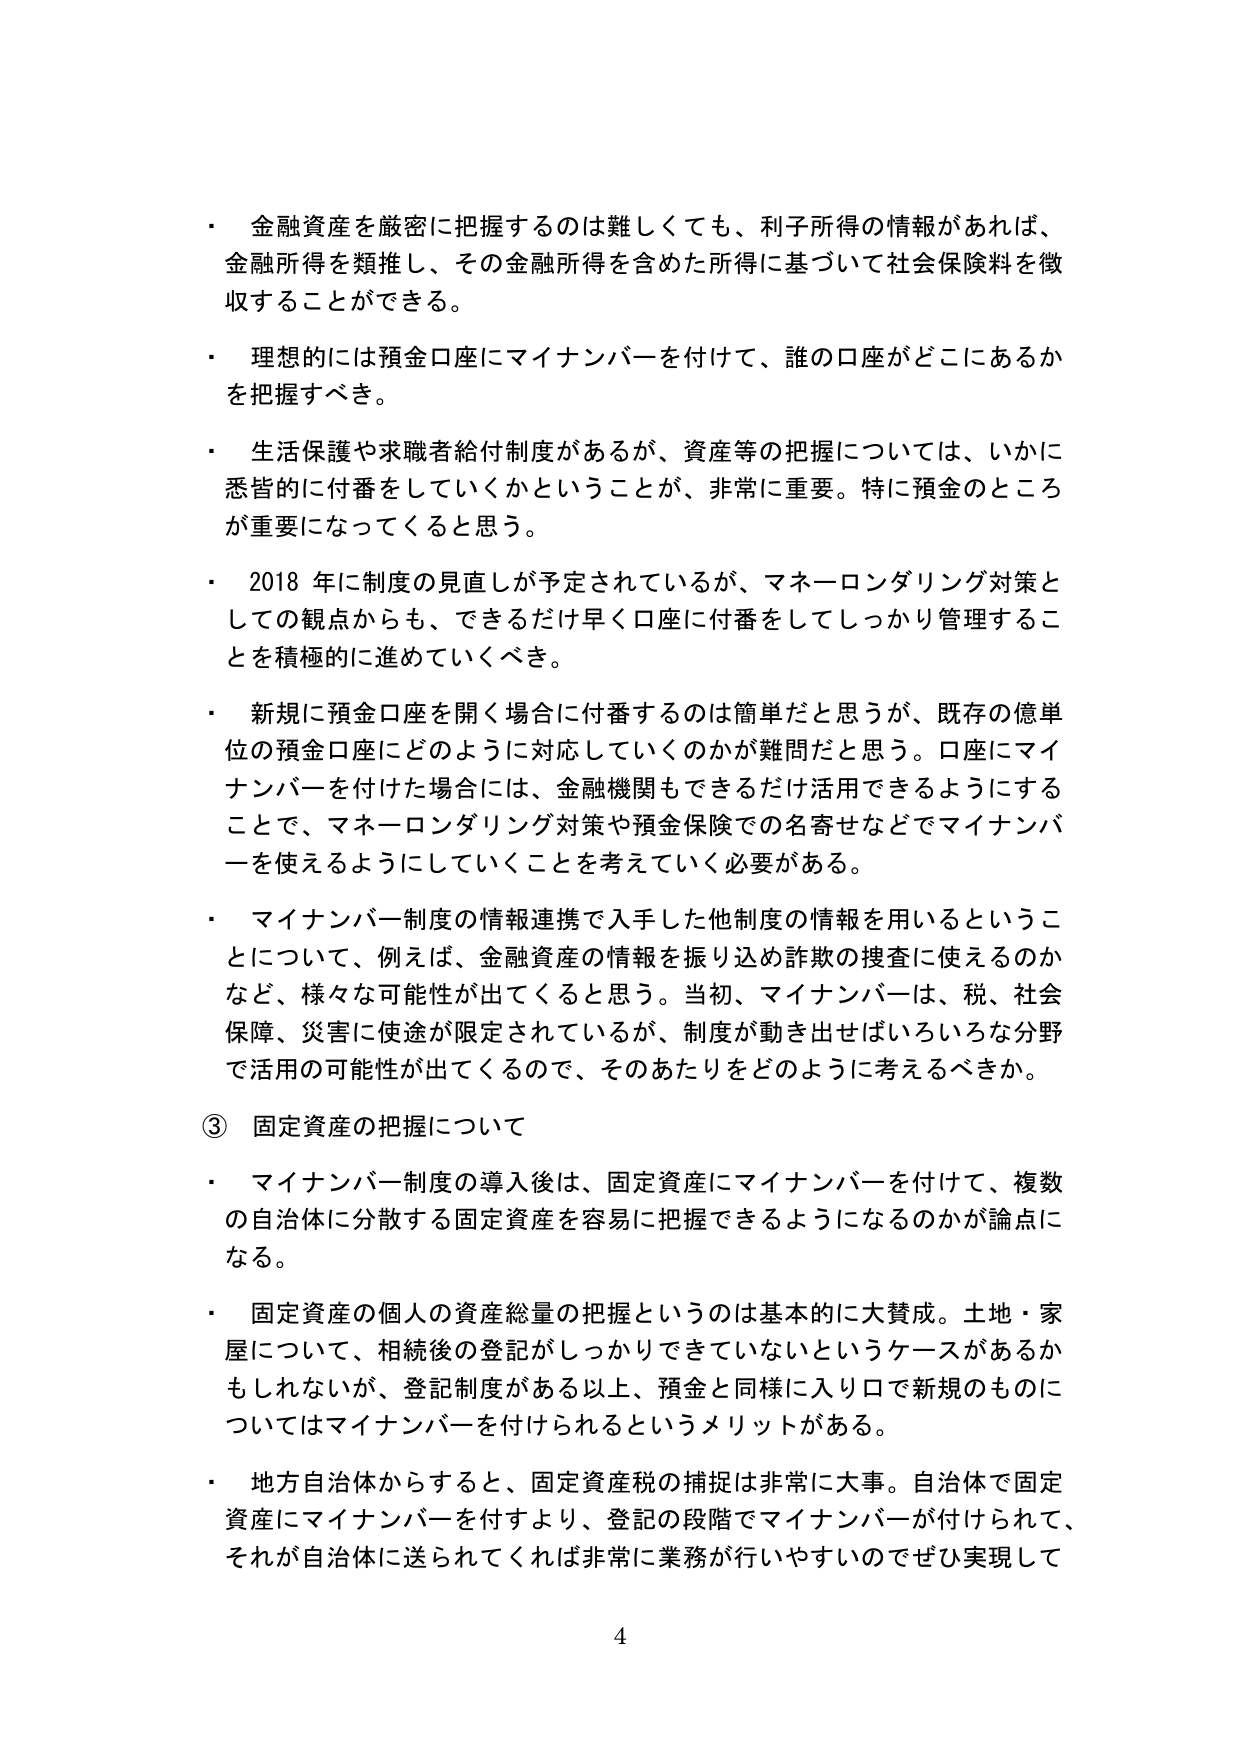
・ 金融資産を厳密に把握するのは難しくても、利子所得の情報があれば、金融所得を類推し、その金融所得を含めた所得に基づいて社会保険料を徴収することができる。

・ 理想的には預金口座にマイナンバーを付けて、誰の口座がどこにあるかを把握すべき。

・ 生活保護や求職者給付制度があるが、資産等の把握については、いかに悉皆的に付番をしていくかということが、非常に重要。特に預金のところが重要になってくると思う。

・ 2018年に制度の見直しが予定されているが、マネーロンダリング対策としての観点からも、できるだけ早く口座に付番をしてしっかり管理することを積極的に進めていくべき。

・ 新規に預金口座を開く場合に付番するのは簡単だと思うが、既存の億単位の預金口座にどのように対応していくのかが難問だと思う。口座にマイナンバーを付けた場合には、金融機関もできるだけ活用できるようにすることで、マネーロンダリング対策や預金保険での名寄せなどでマイナンバーを使えるようにしていくことを考えていく必要がある。

・ マイナンバー制度の情報連携で入手した他制度の情報を用いるということについて、例えば、金融資産の情報を振り込め詐欺の捜査に使えるのかなど、様々な可能性が出てくると思う。当初、マイナンバーは、税、社会保障、災害に使途が限定されているが、制度が動き出せばいろいろな分野で活用の可能性が出てくるので、そのあたりをどのように考えるべきか。

③ 固定資産の把握について

・ マイナンバー制度の導入後は、固定資産にマイナンバーを付けて、複数の自治体に分散する固定資産を容易に把握できるようになるのかが論点になる。

・ 固定資産の個人の資産総量の把握というのは基本的に大賛成。土地・家屋について、相続後の登記がしっかりできていないというケースがあるかもしれないが、登記制度がある以上、預金と同様に入り口で新規のものについてはマイナンバーを付けられるというメリットがある。

・ 地方自治体からすると、固定資産税の捕捉は非常に大事。自治体で固定資産にマイナンバーを付すより、登記の段階でマイナンバーが付けられて、それが自治体に送られてくれば非常に業務が行いやすいのでぜひ実現して

4